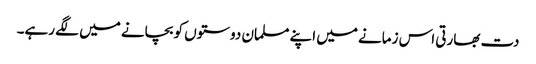
دت بھارتی اس زمانے میں اپنے مسلمان دوستوں کو بچانے میں لگے رہے۔